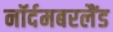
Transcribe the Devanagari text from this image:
नॉर्दमबरलैंड